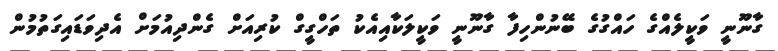
ގާނޫނީ ވަކީލެއްގެ ހައްގުގެ ބޭނުންހިފާ ގާނޫނީ ވަކީލަކާއިއެކު ތަހްގީގް ކުރިއަށް ގެންދިއުމަށް އެދިވަޑައިގަތުމުން